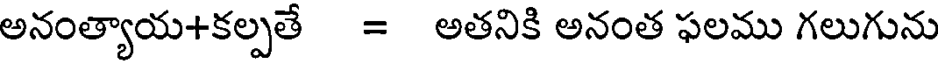
అనంత్యాయ+కల్పతే = అతనికి అనంత ఫలము గలుగును